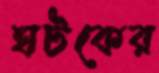
ঘটকের